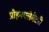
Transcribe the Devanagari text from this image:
प्रोइनफ्लेमेटरी